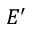
E ^ { \prime }